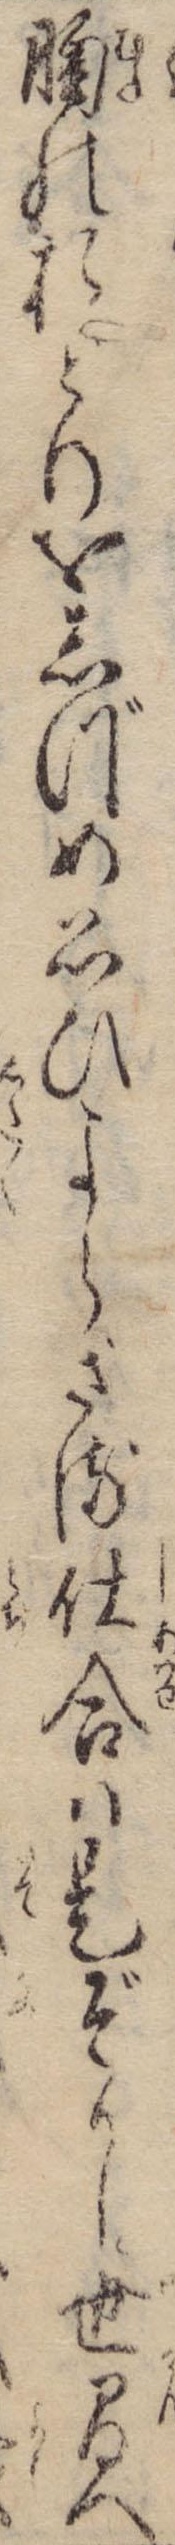
胸のおとりをしづめ思ひよらざる仕合は是ぞかし世間へ